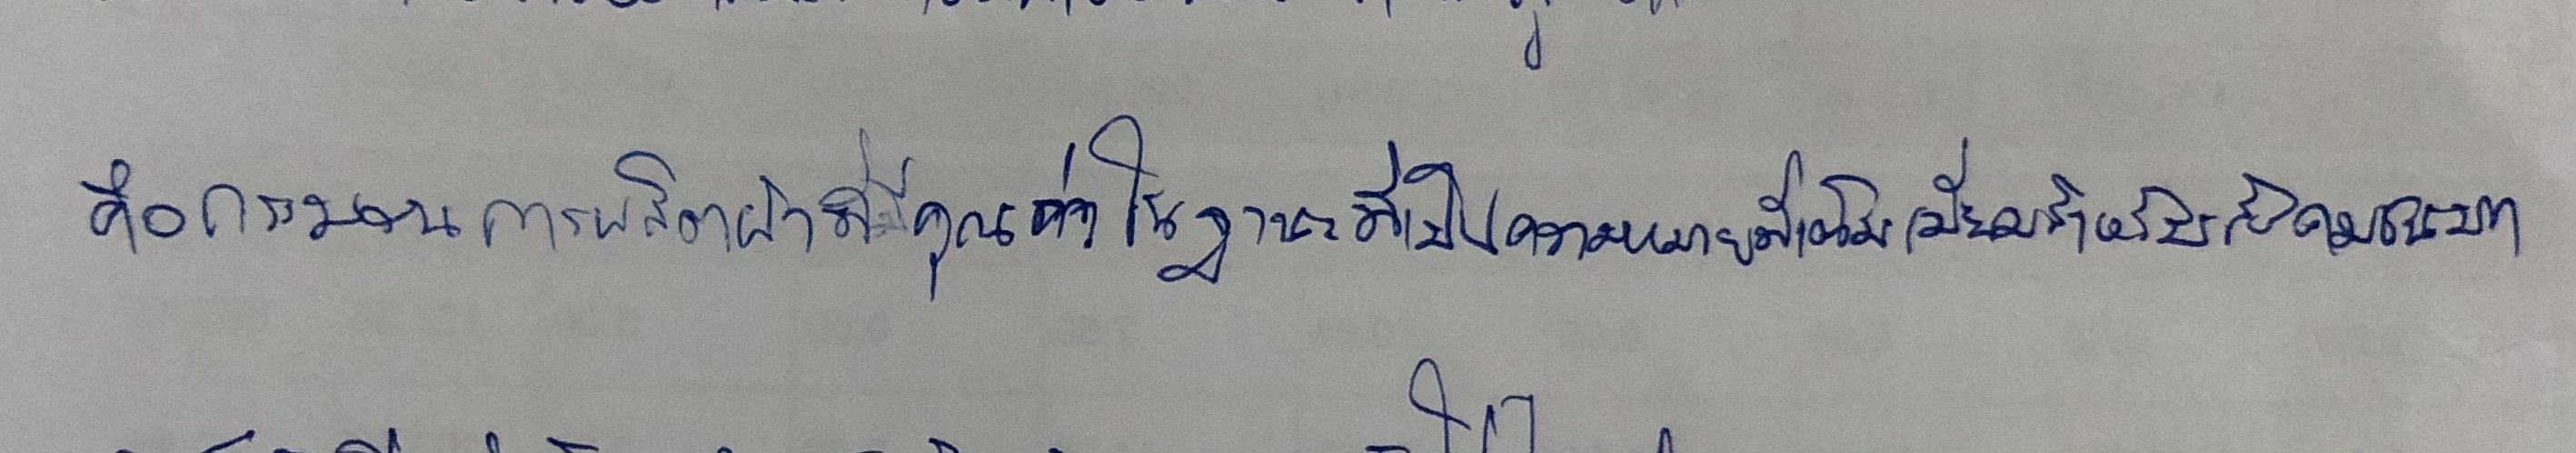
คือกระบวนการผลิตผ้าที่มีคุณค่าในฐานะที่เป็นความหมายที่เต็มเปี่ยมสำหรับสังคมชนบท